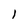
Character: 1